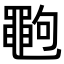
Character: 𪓞